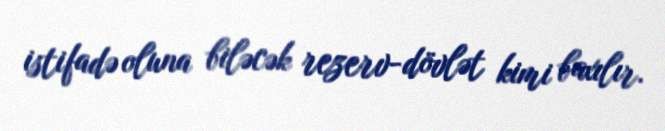
istifadə oluna biləcək rezerv-dövlət kimi baxılır.